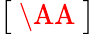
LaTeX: \big[\mathrm{~\AA~}\big]